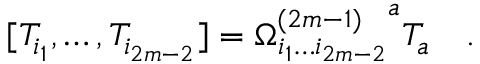
[ T _ { i _ { 1 } } , \dots , T _ { i _ { 2 m - 2 } } ] = { \Omega _ { i _ { 1 } \ldots i _ { 2 m - 2 } } ^ { ( 2 m - 1 ) } } ^ { a } T _ { a } \quad .